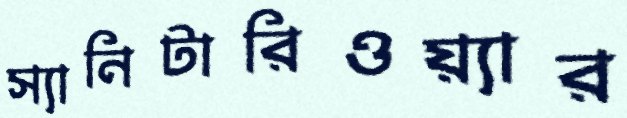
স্যানিটারিওয়্যার